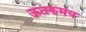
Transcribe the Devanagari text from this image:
ऊतकमय